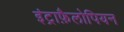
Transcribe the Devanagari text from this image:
इंट्राफ़ैलोपियन